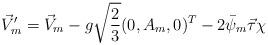
LaTeX: \begin{align*}\vec{V}_m'= \vec{V}_m-g\sqrt{\frac{2}{3}}(0,A_m,0)^T-2\bar{\psi}_m\vec{\tau}\chi\end{align*}